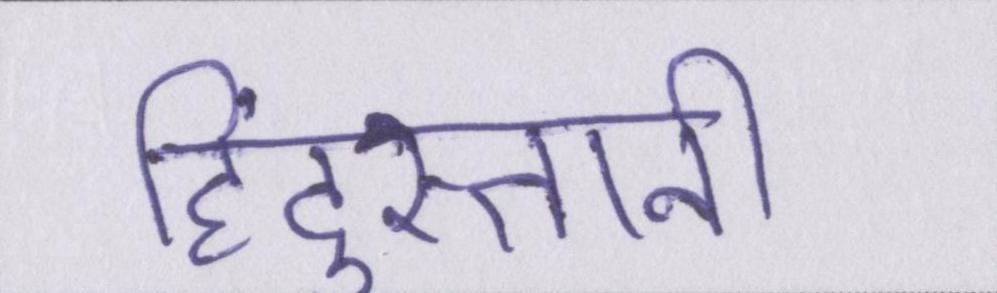
हिंदुस्तानी